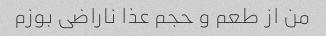
من از طعم و حجم عذا ناراضی بوزم